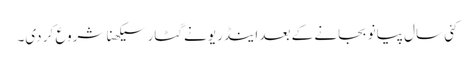
کئی سال پیانو بجانے کے بعد اینڈریو نے گٹار سیکھنا شروع کر دی۔